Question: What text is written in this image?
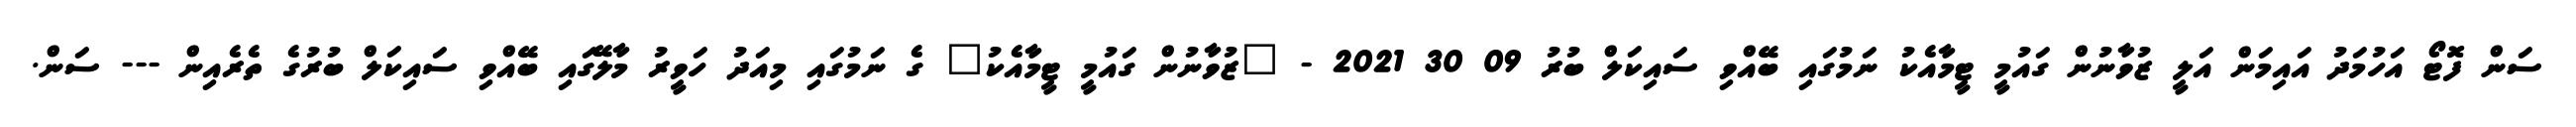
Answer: ސަން ފޮޓޯ އަހުމަދު އައިމަން އަލީ ޒުވާނުން ގައުމީ ޓީމާއެކު ނަމުގައި ބޭއްވި ސައިކަލް ބުރު 09 30 2021 - "ޒުވާނުން ގައުމީ ޓީމާއެކު" ގެ ނަމުގައި މިއަދު ހަވީރު މާލޭގައި ބޭއްވި ސައިކަލް ބުރުގެ ތެރެއިން --- ސަން.